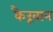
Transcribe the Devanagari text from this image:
कैरूवान